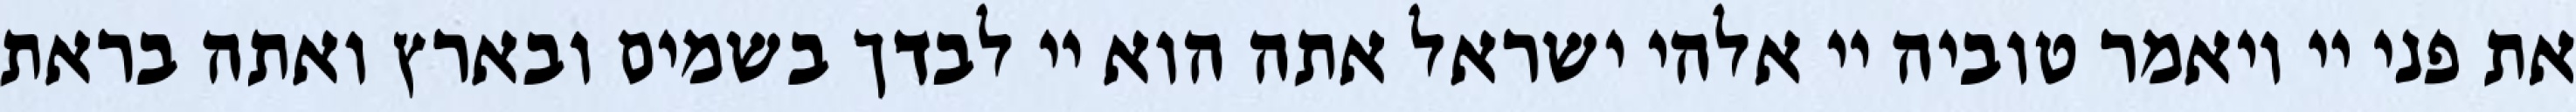
את פני יי ויאמר טוביה יי אלהי ישראל אתה הוא יי לבדך בשמים ובארץ ואתה בראת